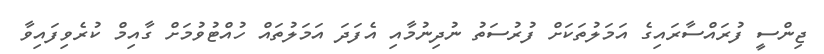
ޖިންސީ ފުރައްސާރައިގެ އަމަލުތަކަށް ފުރުސަތު ނުދިނުމާއި އެފަދަ އަމަލުތައް ހުއްޓުވުމަށް ގާއިމް ކުރެވިފައިވާ